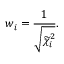
w _ { i } = \frac { 1 } { \sqrt { { \widetilde { \chi } _ { i } ^ { 2 } } } } .